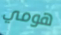
هومي